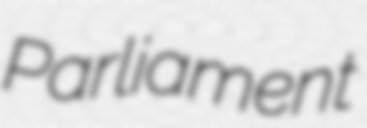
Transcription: Parliament